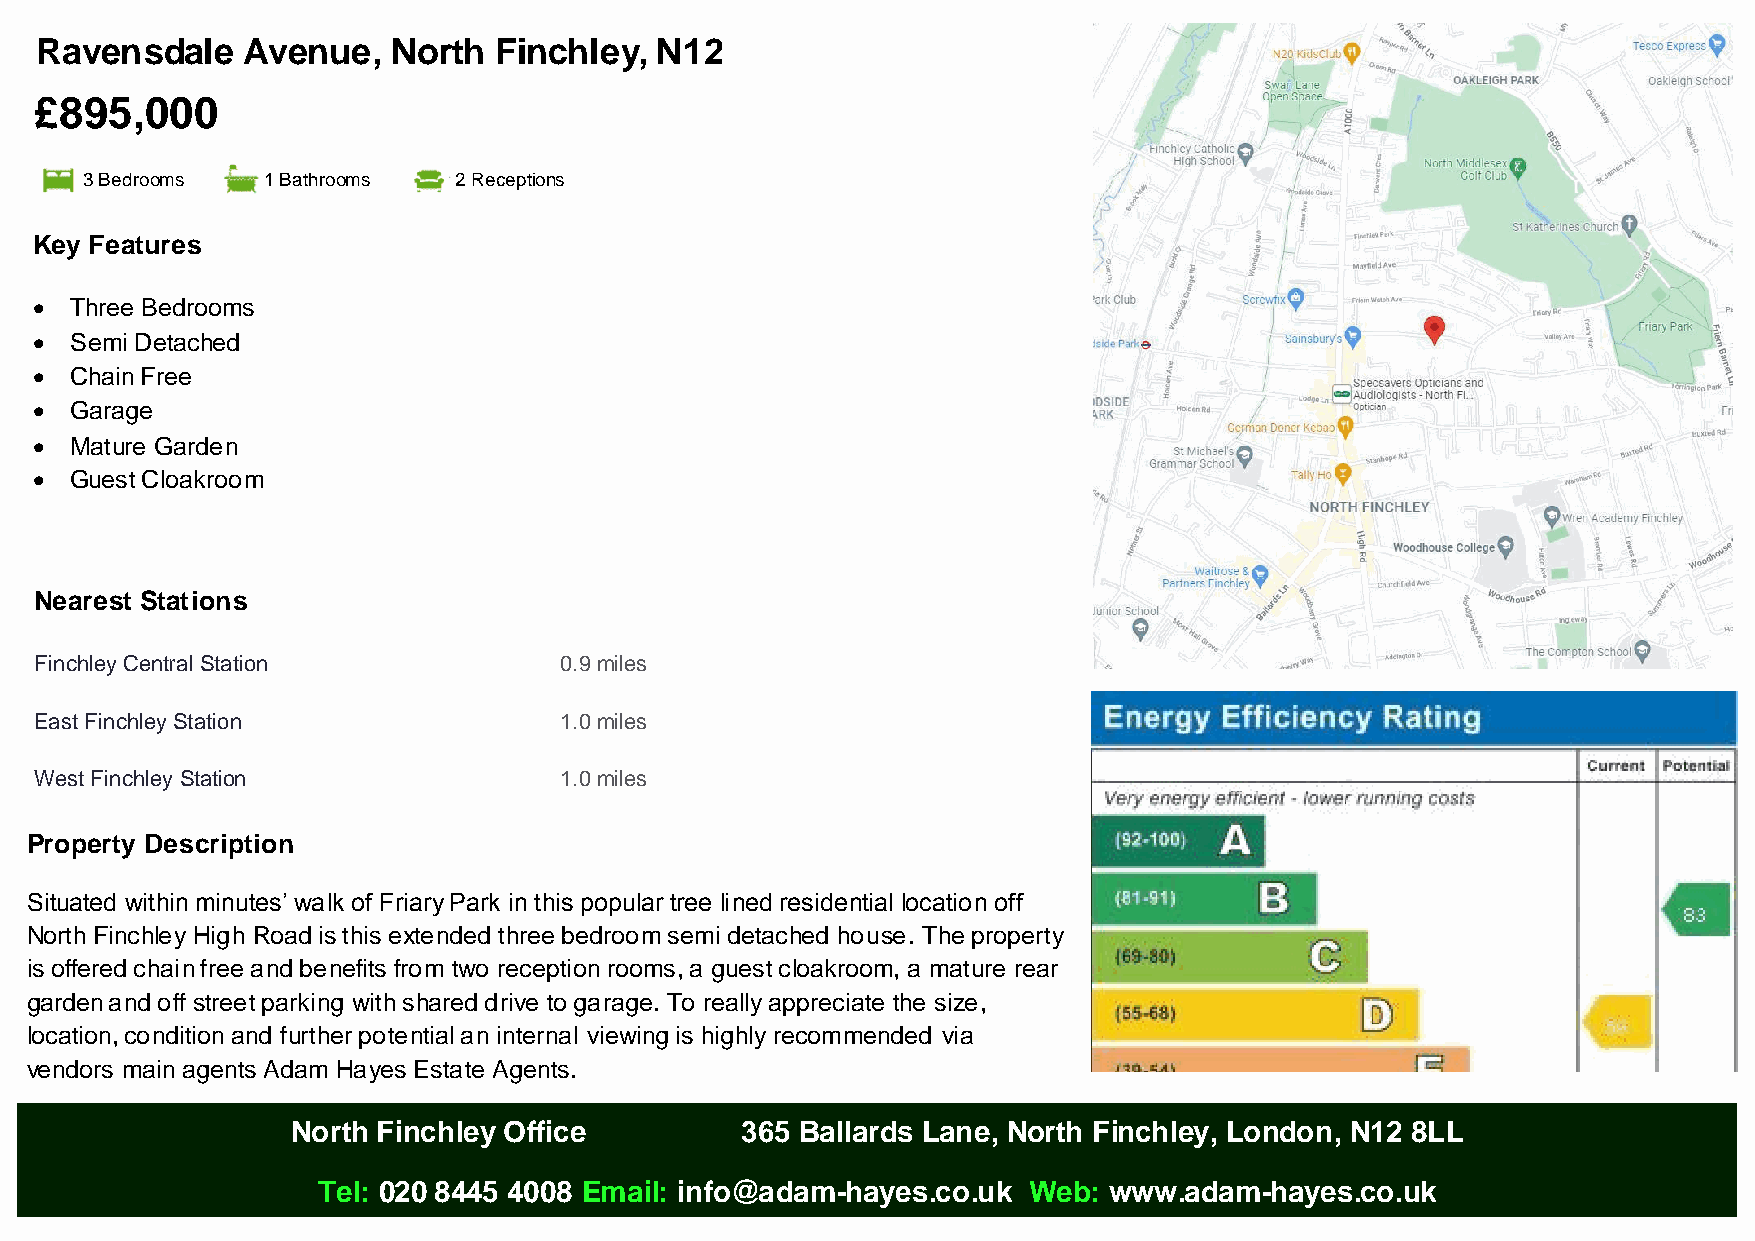
Ravensdale    Avenue,   North  Finchley, N12
 £895,000
 3 Bedrooms  1 Bathrooms  2 Receptions
 Key Features
   Three Bedrooms
   Semi Detached
   Chain Free
   Garage
   Mature Garden
   Guest Cloakroom
 Nearest Stations
 Finchley Central Station           0.9 miles
 East Finchley Station              1.0 miles
 West Finchley Station              1.0 miles
 Property Description
 Situated within minutes’ walk of Friary Park in this popular tree lined residential location off
 North Finchley High Road is this extended three bedroom semi detached house. The property
 is offered chain free and benefits from two reception rooms, a guest cloakroom, a mature rear
 garden and off street parking with shared drive to garage. To really appreciate the size,
 location, condition and further potential an internal viewing is highly recommended via
 vendors main agents Adam Hayes Estate Agents.
 North Finchley Office         365 Ballards Lane, North Finchley, London, N12 8LL
 Tel: 020 8445 4008 Email: info@adam-hayes.co.uk Web: www.adam-hayes.co.uk